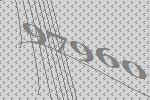
97960